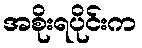
အစိုးရပိုင်းက